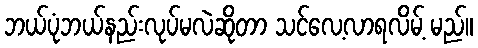
ဘယ်ပုံဘယ်နည်းလုပ်မလဲဆိုတာ သင်လေ့လာရလိမ့် မည်။